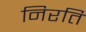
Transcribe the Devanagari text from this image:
निरति